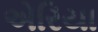
એરિયા